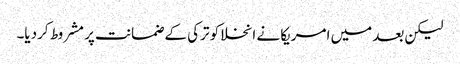
لیکن بعد میں امریکا نے انخلا کو ترکی کے ضمانت پر مشروط کردیا۔